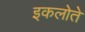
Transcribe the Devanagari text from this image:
इकलोते